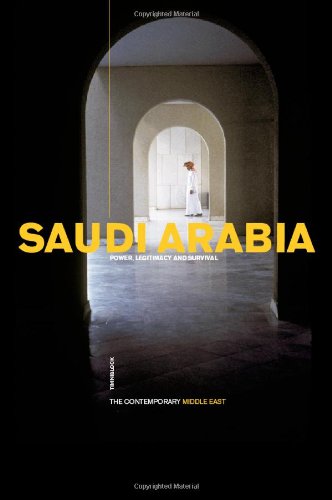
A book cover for Saudi Arabia: Power, Legitimacy and Survival (The Contemporary Middle East); Tim Niblock; History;